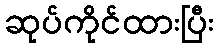
ဆုပ်ကိုင်ထားပြီး